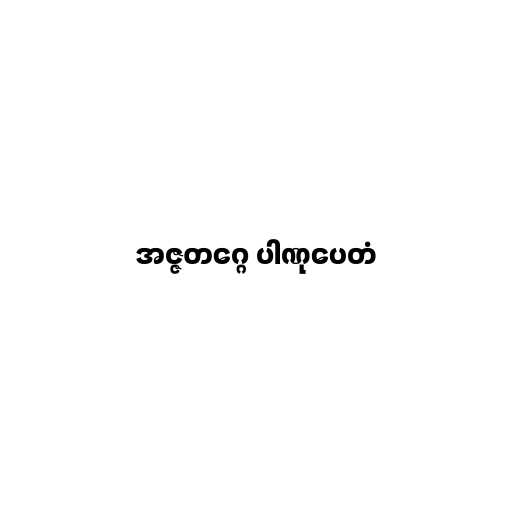
အဇ္ဇတဂ္ဂေ ပါဏုပေတံ